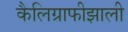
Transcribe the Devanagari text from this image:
कैलिग्राफीझाली